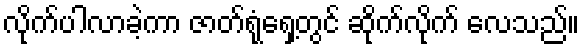
လိုက်ပါလာခဲ့ကာ ဇာတ်ရုံရှေ့တွင် ဆိုက်လိုက် လေသည်။